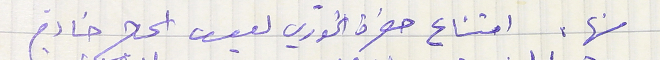
منها. امتناع حضرة الخوري يوسف الحاج خادم